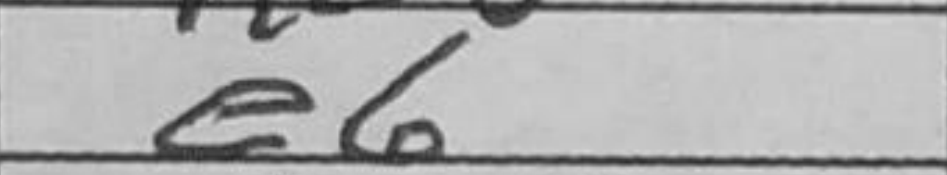
Transcription: e6